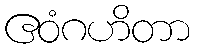
ဧဝံဂဟိတာ